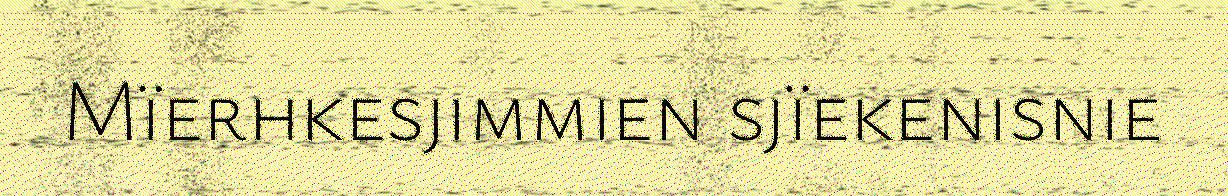
Mïerhkesjimmien sjïekenisnie